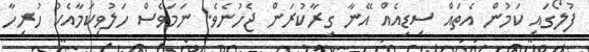
ފުލޯގައި ކަމުން އެތައް ސިޑިއެއް އޭނާ ގިރާކުރަން ޖެހުނެވެ. ނަމަވެސް ހަލުވިކަމާއެކު ހުރިހާ